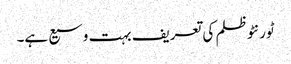
ٹورنٹو ظلم کی تعریف بہت وسیع ہے۔